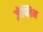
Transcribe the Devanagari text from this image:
ज़ेप्लिन